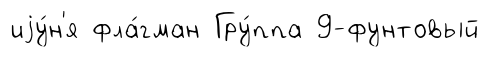
иjу́н'я фла́гман Гру́ппа 9-фунтовый